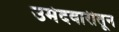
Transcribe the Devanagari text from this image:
उमेदवारीतून